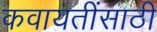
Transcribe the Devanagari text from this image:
कवायतींसाठी